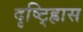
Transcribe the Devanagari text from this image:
दृष्ट्ह्रािस